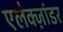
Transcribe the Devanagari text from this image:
एलेक्ज़ांडर